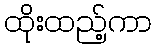
ထိုးထည့်ကာ